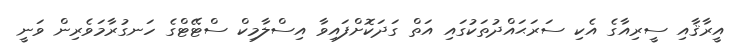
އީރާޤާއި ސީރިއާގެ އެކި ސަރަޙައްދުތަކުގައި އަތް ގަދަކޮށްފައިވާ އިސްލާމިކް ސްޓޭޓްގެ ހަނގުރާމަވެރިން ވަނީ